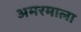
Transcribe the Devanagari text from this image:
अमरमाला